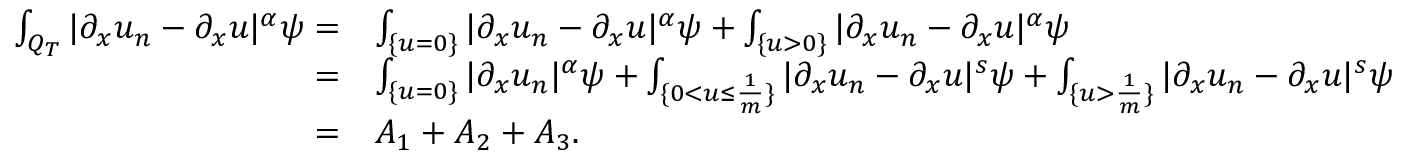
\begin{array} { r l } { \int _ { Q _ { T } } | \partial _ { x } u _ { n } - \partial _ { x } u | ^ { \alpha } \psi = } & { \int _ { \{ u = 0 \} } | \partial _ { x } u _ { n } - \partial _ { x } u | ^ { \alpha } \psi + \int _ { \{ u > 0 \} } | \partial _ { x } u _ { n } - \partial _ { x } u | ^ { \alpha } \psi } \\ { = } & { \int _ { \{ u = 0 \} } | \partial _ { x } u _ { n } | ^ { \alpha } \psi + \int _ { \{ 0 < u \leq \frac { 1 } { m } \} } | \partial _ { x } u _ { n } - \partial _ { x } u | ^ { s } \psi + \int _ { \{ u > \frac { 1 } { m } \} } | \partial _ { x } u _ { n } - \partial _ { x } u | ^ { s } \psi } \\ { = } & { A _ { 1 } + A _ { 2 } + A _ { 3 } . } \end{array}